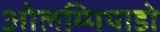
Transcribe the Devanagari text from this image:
ओलम्पियाडो